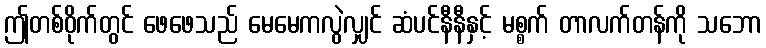
ဤတစ်ဝိုက်တွင် ဖေဖေသည် မေမေကလွဲလျှင် ဆံပင်နီနီနှင့် မစ္စက် တာလက်တန်ကို သဘော